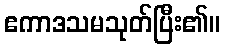
ဧကာဒသမသုတ်ပြီး၏။